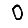
Digit: 0